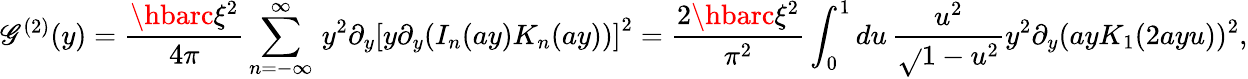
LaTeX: \mathscr{G}^{(2)}(y)=\frac{{\hbarc\xi^{2}}}{{4\pi}}\sum_{n=-\infty}^{\infty}\, y^{2}\partial_{y}\left[y{{\partial}_{y}}(I_{n}(ay)K_{n}(ay))\right]^{2}=\frac{{2\hbarc\xi^{2}}}{{\pi^{2}}}\int_{0}^{1}du\, \frac{{u^{2}}}{{\sqrt{}{{1-u^{2}}}}}y^{2}{{\partial}_{y}}(ayK_{1}(2ayu))^{2},